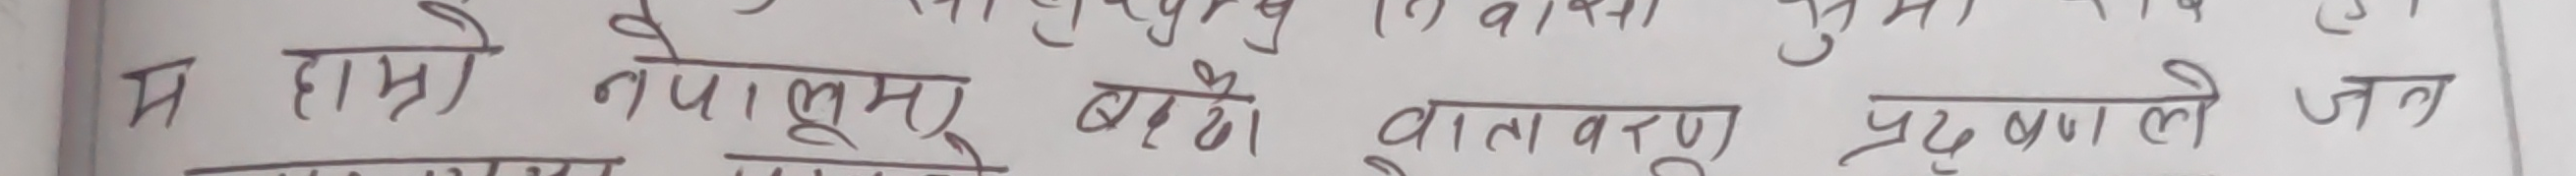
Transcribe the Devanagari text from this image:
म हाम्रो नेपालमा बढ्दो बातावरण प्रदषणले जन